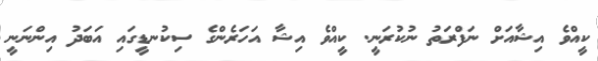
ކީއްވެ އިޝާއަށް ނަފްރަތު ނުކުރަނީ. ކީއްވެ އިޝާ އަހަރެންގެ ސިކުނޑީގައި އަބަދު އިންނަނީ